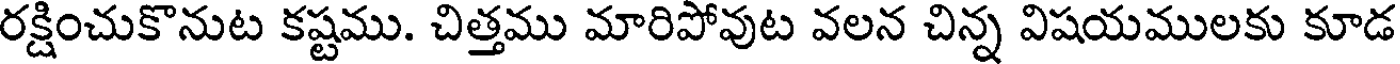
రక్షించుకొనుట కష్టము. చిత్తము మారిపోవుట వలన చిన్న విషయములకు కూడ